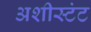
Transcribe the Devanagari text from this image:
अशीस्टंट